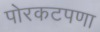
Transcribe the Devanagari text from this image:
पोरकटपणा